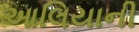
આલિયાની